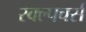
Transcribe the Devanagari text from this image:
स्क्ल्पचर्स